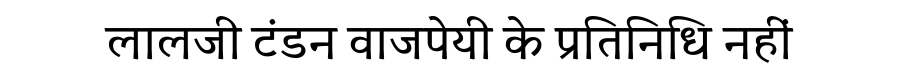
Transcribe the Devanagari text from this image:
लालजी टंडन वाजपेयी के प्रतिनिधि नहीं